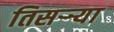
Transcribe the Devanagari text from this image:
तिसर्‍र्‍या